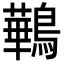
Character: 鷨